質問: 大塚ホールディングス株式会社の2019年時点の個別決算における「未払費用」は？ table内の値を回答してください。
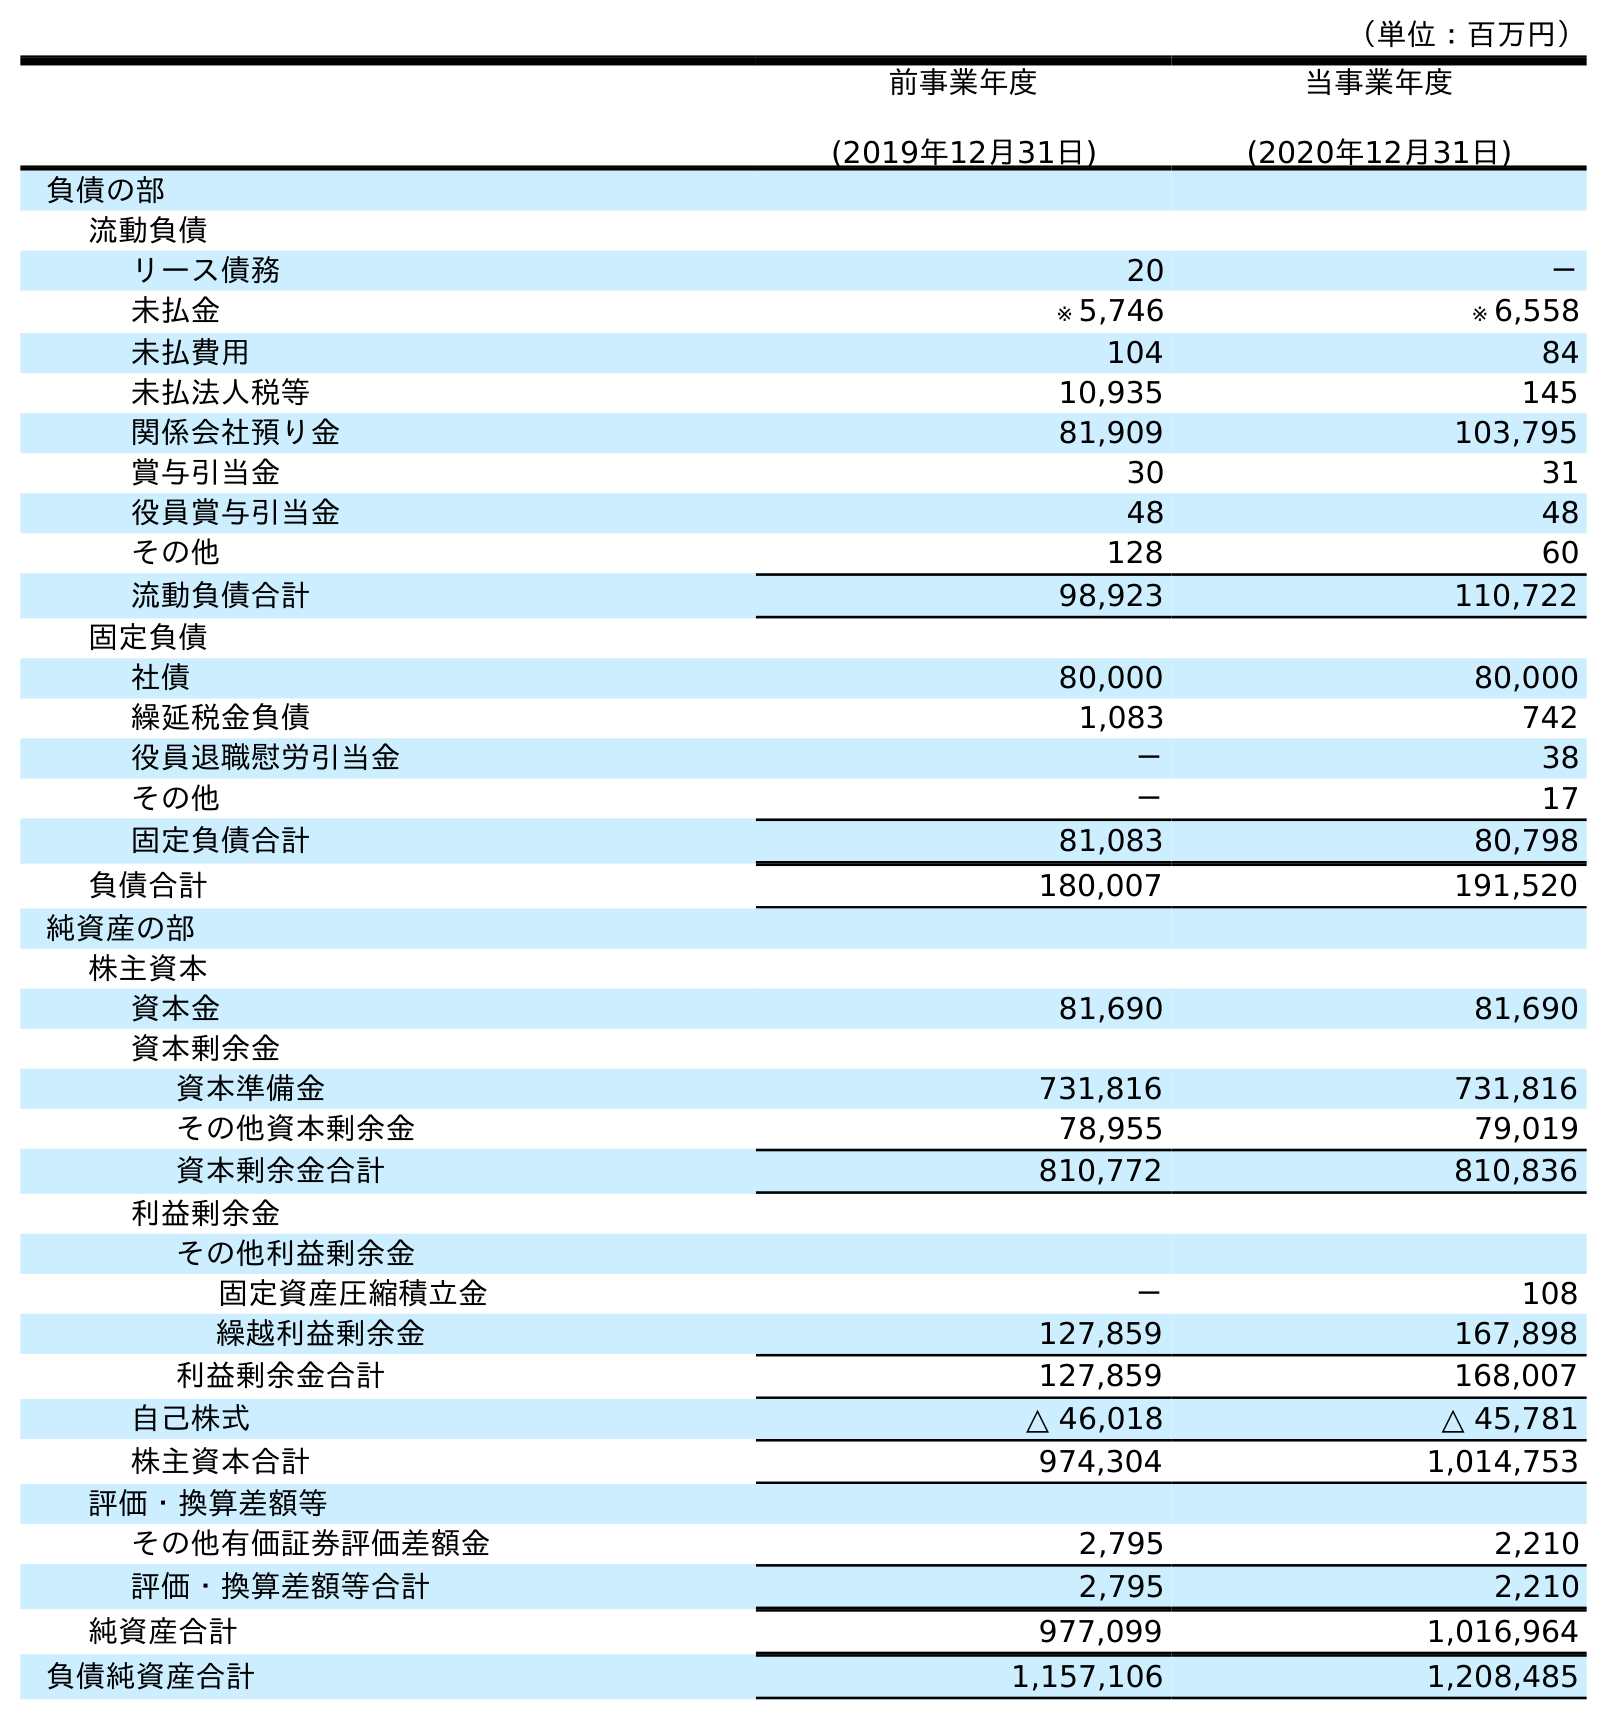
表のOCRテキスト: （単位：百万円） 前事業年度 (2019年12月31日) 当事業年度 (2020年12月31日) 負債の部 流動負債 リース債務 20 － 未払金 ※ 5,746 ※ 6,558 未払費用 104 84 未払法人税等 10,935 145 関係会社預り金 81,909 103,795 賞与引当金 30 31 役員賞与引当金 48 48 その他 128 60 流動負債合計 98,923 110,722 固定負債 社債 80,000 80,000 繰延税金負債 1,083 742 役員退職慰労引当金 － 38 その他 － 17 固定負債合計 81,083 80,798 負債合計 180,007 191,520 純資産の部 株主資本 資本金 81,690 81,690 資本剰余金 資本準備金 731,816 731,816 その他資本剰余金 78,955 79,019 資本剰余金合計 810,772 810,836 利益剰余金 その他利益剰余金 固定資産圧縮積立金 － 108 繰越利益剰余金 127,859 167,898 利益剰余金合計 127,859 168,007 自己株式 △ 46,018 △ 45,781 株主資本合計 974,304 1,014,753 評価・換算差額等 その他有価証券評価差額金 2,795 2,210 評価・換算差額等合計 2,795 2,210 純資産合計 977,099 1,016,964 負債純資産合計 1,157,106 1,208,485
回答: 104